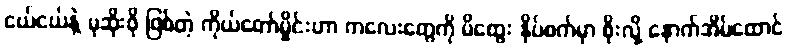
ငယ်ငယ်နဲ့ မုဆိုးဖို ဖြစ်တဲ့ ကိုယ်တော်မှိုင်းဟာ ကလေးတွေကို မိထွေး နှိပ်စက်မှာ စိုးလို့ နောက်အိမ်ထောင်